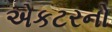
એકટરનો